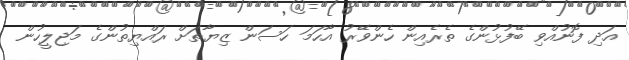
އަދި ފޮނުއްވި ބޭފުޅުންގެ ތެރެއިން ހެންވޭރު އާހަމަ ހަސަން ޒިޔާތަށް ރައްޔިތުންގެ މަޖިލީހުން